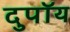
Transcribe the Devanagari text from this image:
दुपॉय